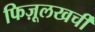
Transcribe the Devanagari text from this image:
फिज़ूलखर्ची